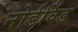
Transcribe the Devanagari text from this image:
नोर्डविंड